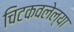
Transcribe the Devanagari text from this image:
चिटकवलेल्या